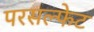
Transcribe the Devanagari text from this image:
परसल्फेट